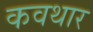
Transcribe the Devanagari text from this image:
कवथार